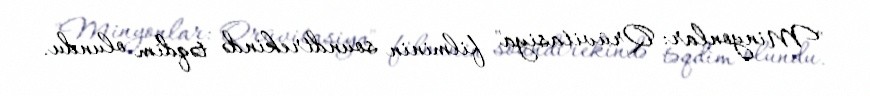
"Minyonlar: Qrüvitasiya" filminin soundtrekində təqdim olundu.